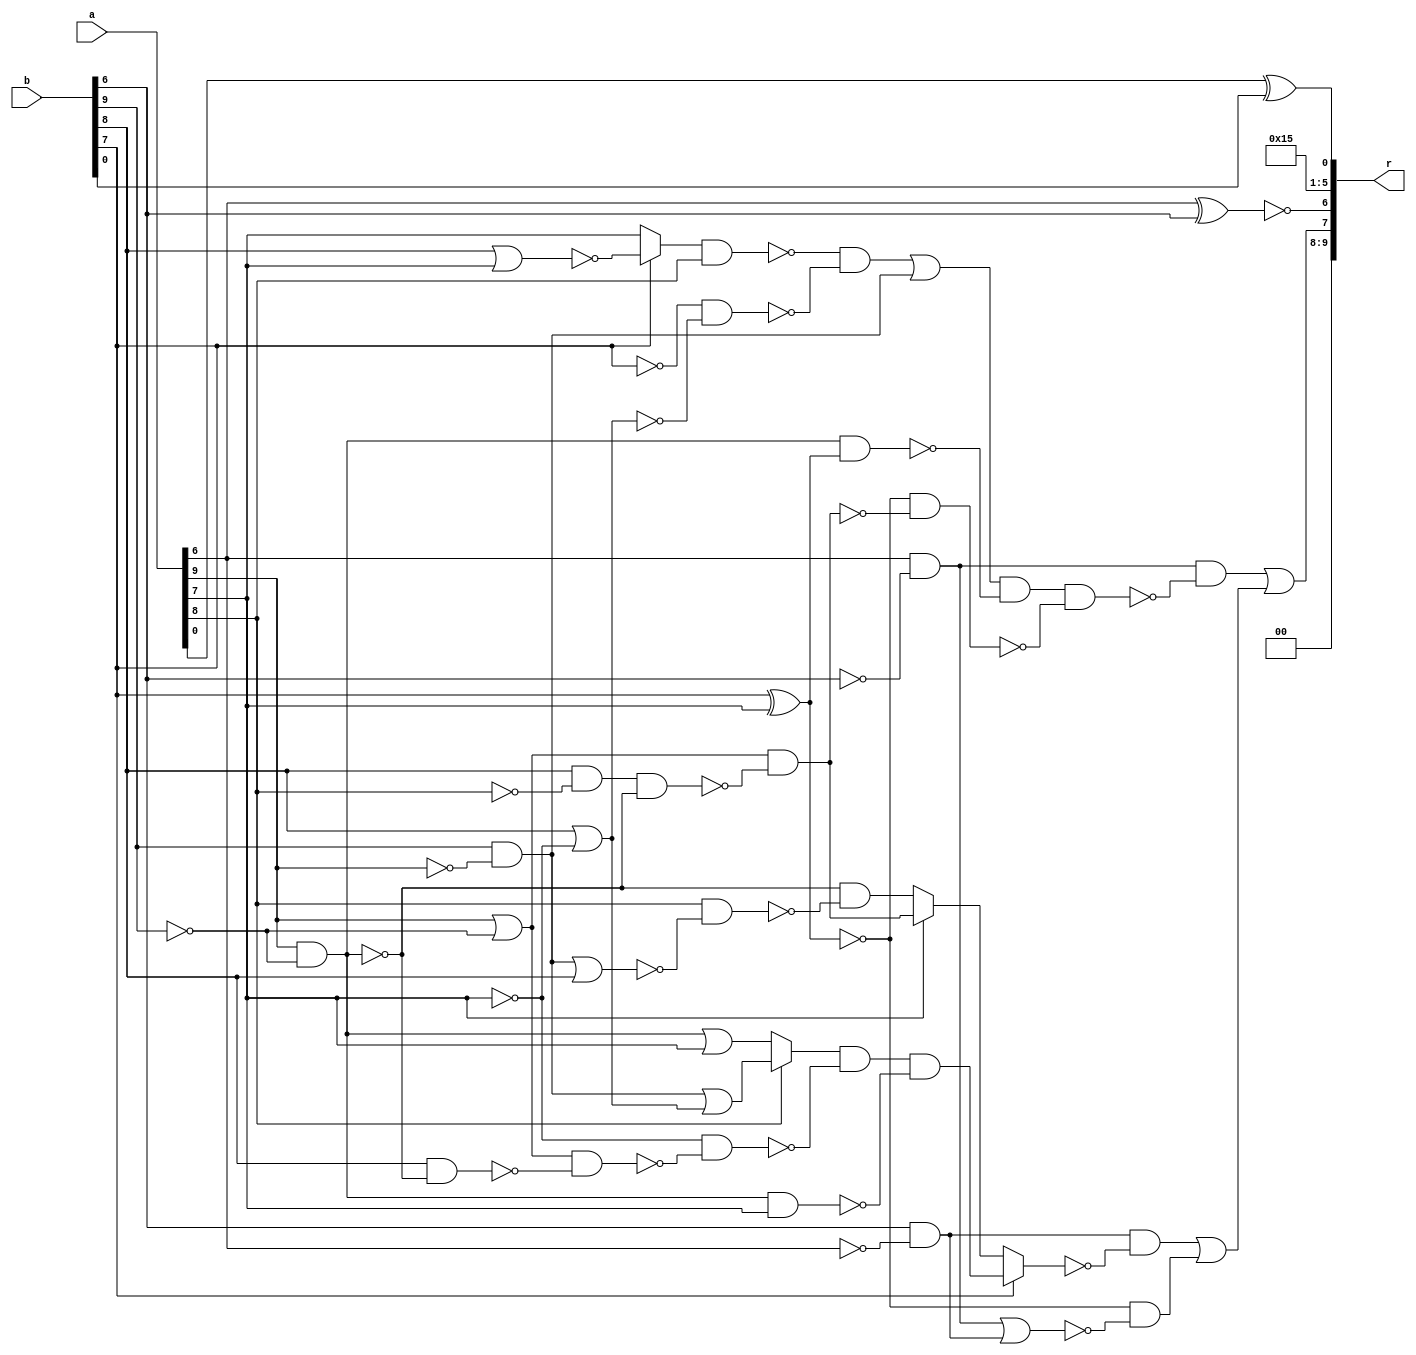
/* Generated by Yosys 0.9+4052 (git sha1 a5adb007, gcc 9.3.0-17ubuntu1~20.04 -fPIC -Os) */

module circ(a, b, r);
  wire _00_;
  wire _01_;
  wire _02_;
  wire _03_;
  wire _04_;
  wire _05_;
  wire _06_;
  wire _07_;
  wire _08_;
  wire _09_;
  wire _10_;
  wire _11_;
  wire _12_;
  wire _13_;
  wire _14_;
  wire _15_;
  wire _16_;
  wire _17_;
  wire _18_;
  wire _19_;
  wire _20_;
  wire _21_;
  wire _22_;
  wire _23_;
  wire _24_;
  wire _25_;
  wire _26_;
  wire _27_;
  wire _28_;
  wire _29_;
  wire _30_;
  wire _31_;
  wire _32_;
  wire _33_;
  wire _34_;
  wire _35_;
  wire _36_;
  wire _37_;
  wire _38_;
  wire _39_;
  wire _40_;
  wire _41_;
  wire \U0.U1.DUT1.k1 ;
  wire \U0.po00 ;
  wire \U0.po07 ;
  input [9:0] a;
  input [9:0] b;
  output [9:0] r;
  assign \U0.U1.DUT1.k1  = ~(a[6] ^ b[6]);
  assign _00_ = b[6] & ~(a[6]);
  assign _01_ = a[6] & ~(b[6]);
  assign _02_ = _01_ | _00_;
  assign _03_ = ~(b[7] ^ a[7]);
  assign _04_ = _03_ & ~(_02_);
  assign _05_ = b[8] | ~(a[7]);
  assign _06_ = b[9] & ~(a[9]);
  assign _07_ = _06_ | _05_;
  assign _08_ = a[9] & ~(b[9]);
  assign _09_ = _08_ | a[7];
  assign _10_ = a[8] ? _07_ : _09_;
  assign _11_ = ~a[7];
  assign _12_ = a[9] | ~(b[9]);
  assign _13_ = b[8] & ~(_08_);
  assign _14_ = _12_ & ~(_13_);
  assign _15_ = _11_ & ~(_14_);
  assign _16_ = _10_ & ~(_15_);
  assign _17_ = _08_ & ~(_11_);
  assign _18_ = _16_ & ~(_17_);
  assign _19_ = ~_08_;
  assign _20_ = _06_ | b[8];
  assign _21_ = a[8] & ~(_20_);
  assign _22_ = _19_ & ~(_21_);
  assign _23_ = b[8] & ~(a[8]);
  assign _24_ = _23_ & ~(_08_);
  assign _25_ = _12_ & ~(_24_);
  assign _26_ = a[7] ? _25_ : _22_;
  assign _27_ = b[7] ? _18_ : _26_;
  assign _28_ = _00_ & ~(_27_);
  assign _29_ = _28_ | _04_;
  assign _30_ = ~b[7];
  assign _31_ = ~(b[8] | a[7]);
  assign _32_ = b[7] ? _31_ : a[7];
  assign _33_ = ~(_32_ & a[8]);
  assign _34_ = _30_ & ~(_05_);
  assign _35_ = _33_ & ~(_34_);
  assign _36_ = _35_ | _06_;
  assign _37_ = _08_ & ~(_03_);
  assign _38_ = _36_ & ~(_37_);
  assign _39_ = _03_ & ~(_25_);
  assign _40_ = _38_ & ~(_39_);
  assign _41_ = _01_ & ~(_40_);
  assign \U0.po07  = _41_ | _29_;
  assign \U0.po00  = a[0] ^ b[0];
  assign r = { 2'h0, \U0.po07 , \U0.U1.DUT1.k1 , 5'h15, \U0.po00  };
endmodule